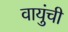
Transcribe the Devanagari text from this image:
वायुंची